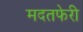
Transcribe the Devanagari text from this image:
मदतफेरी